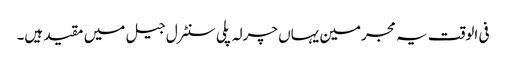
فی الوقت یہ مجرمین یہاں چرلہ پلی سنٹرل جیل میں مقید ہیں۔